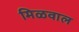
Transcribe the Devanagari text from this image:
मिळवाल